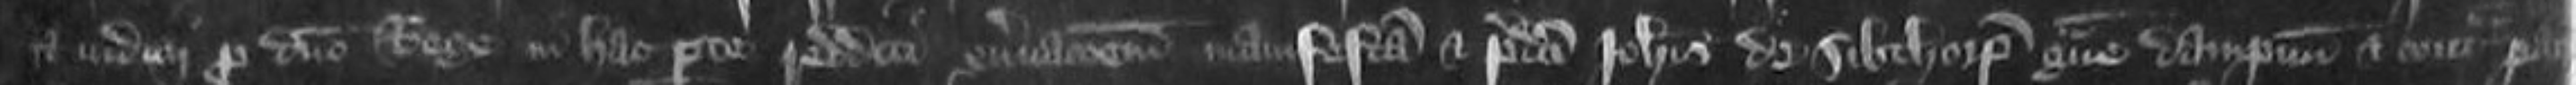
et iudicii pro domino Rege in hac parte redditi enervationem manifestam et predicti Johannis de Sibthorp grave dampnum et contra pacem